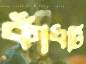
কাঁধটি